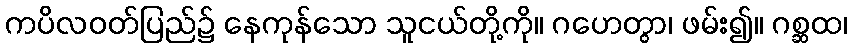
ကပိလဝတ်ပြည်၌ နေကုန်သော သူငယ်တို့ကို။ ဂဟေတွာ၊ ဖမ်း၍။ ဂစ္ဆထ၊